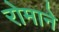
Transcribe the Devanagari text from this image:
रोमाने